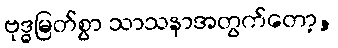
ဗုဒ္ဓမြတ်စွာ သာသနာအတွက်တော့,